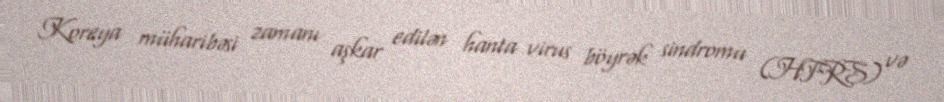
Koreya müharibəsi zamanı aşkar edilən hanta virus böyrək sindromu (HFRS) və